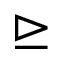
\trianglerighteq